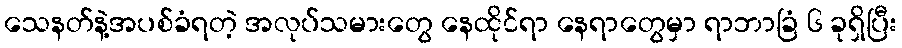
သေနတ်နဲ့အပစ်ခံရတဲ့ အလုပ်သမားတွေ နေထိုင်ရာ နေရာတွေမှာ ရာဘာခြံ ၆ ခုရှိပြီး